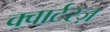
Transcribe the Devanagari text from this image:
क्वार्टरज़